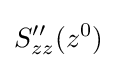
S_{zz}''(z^{0})